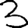
Digit: 3